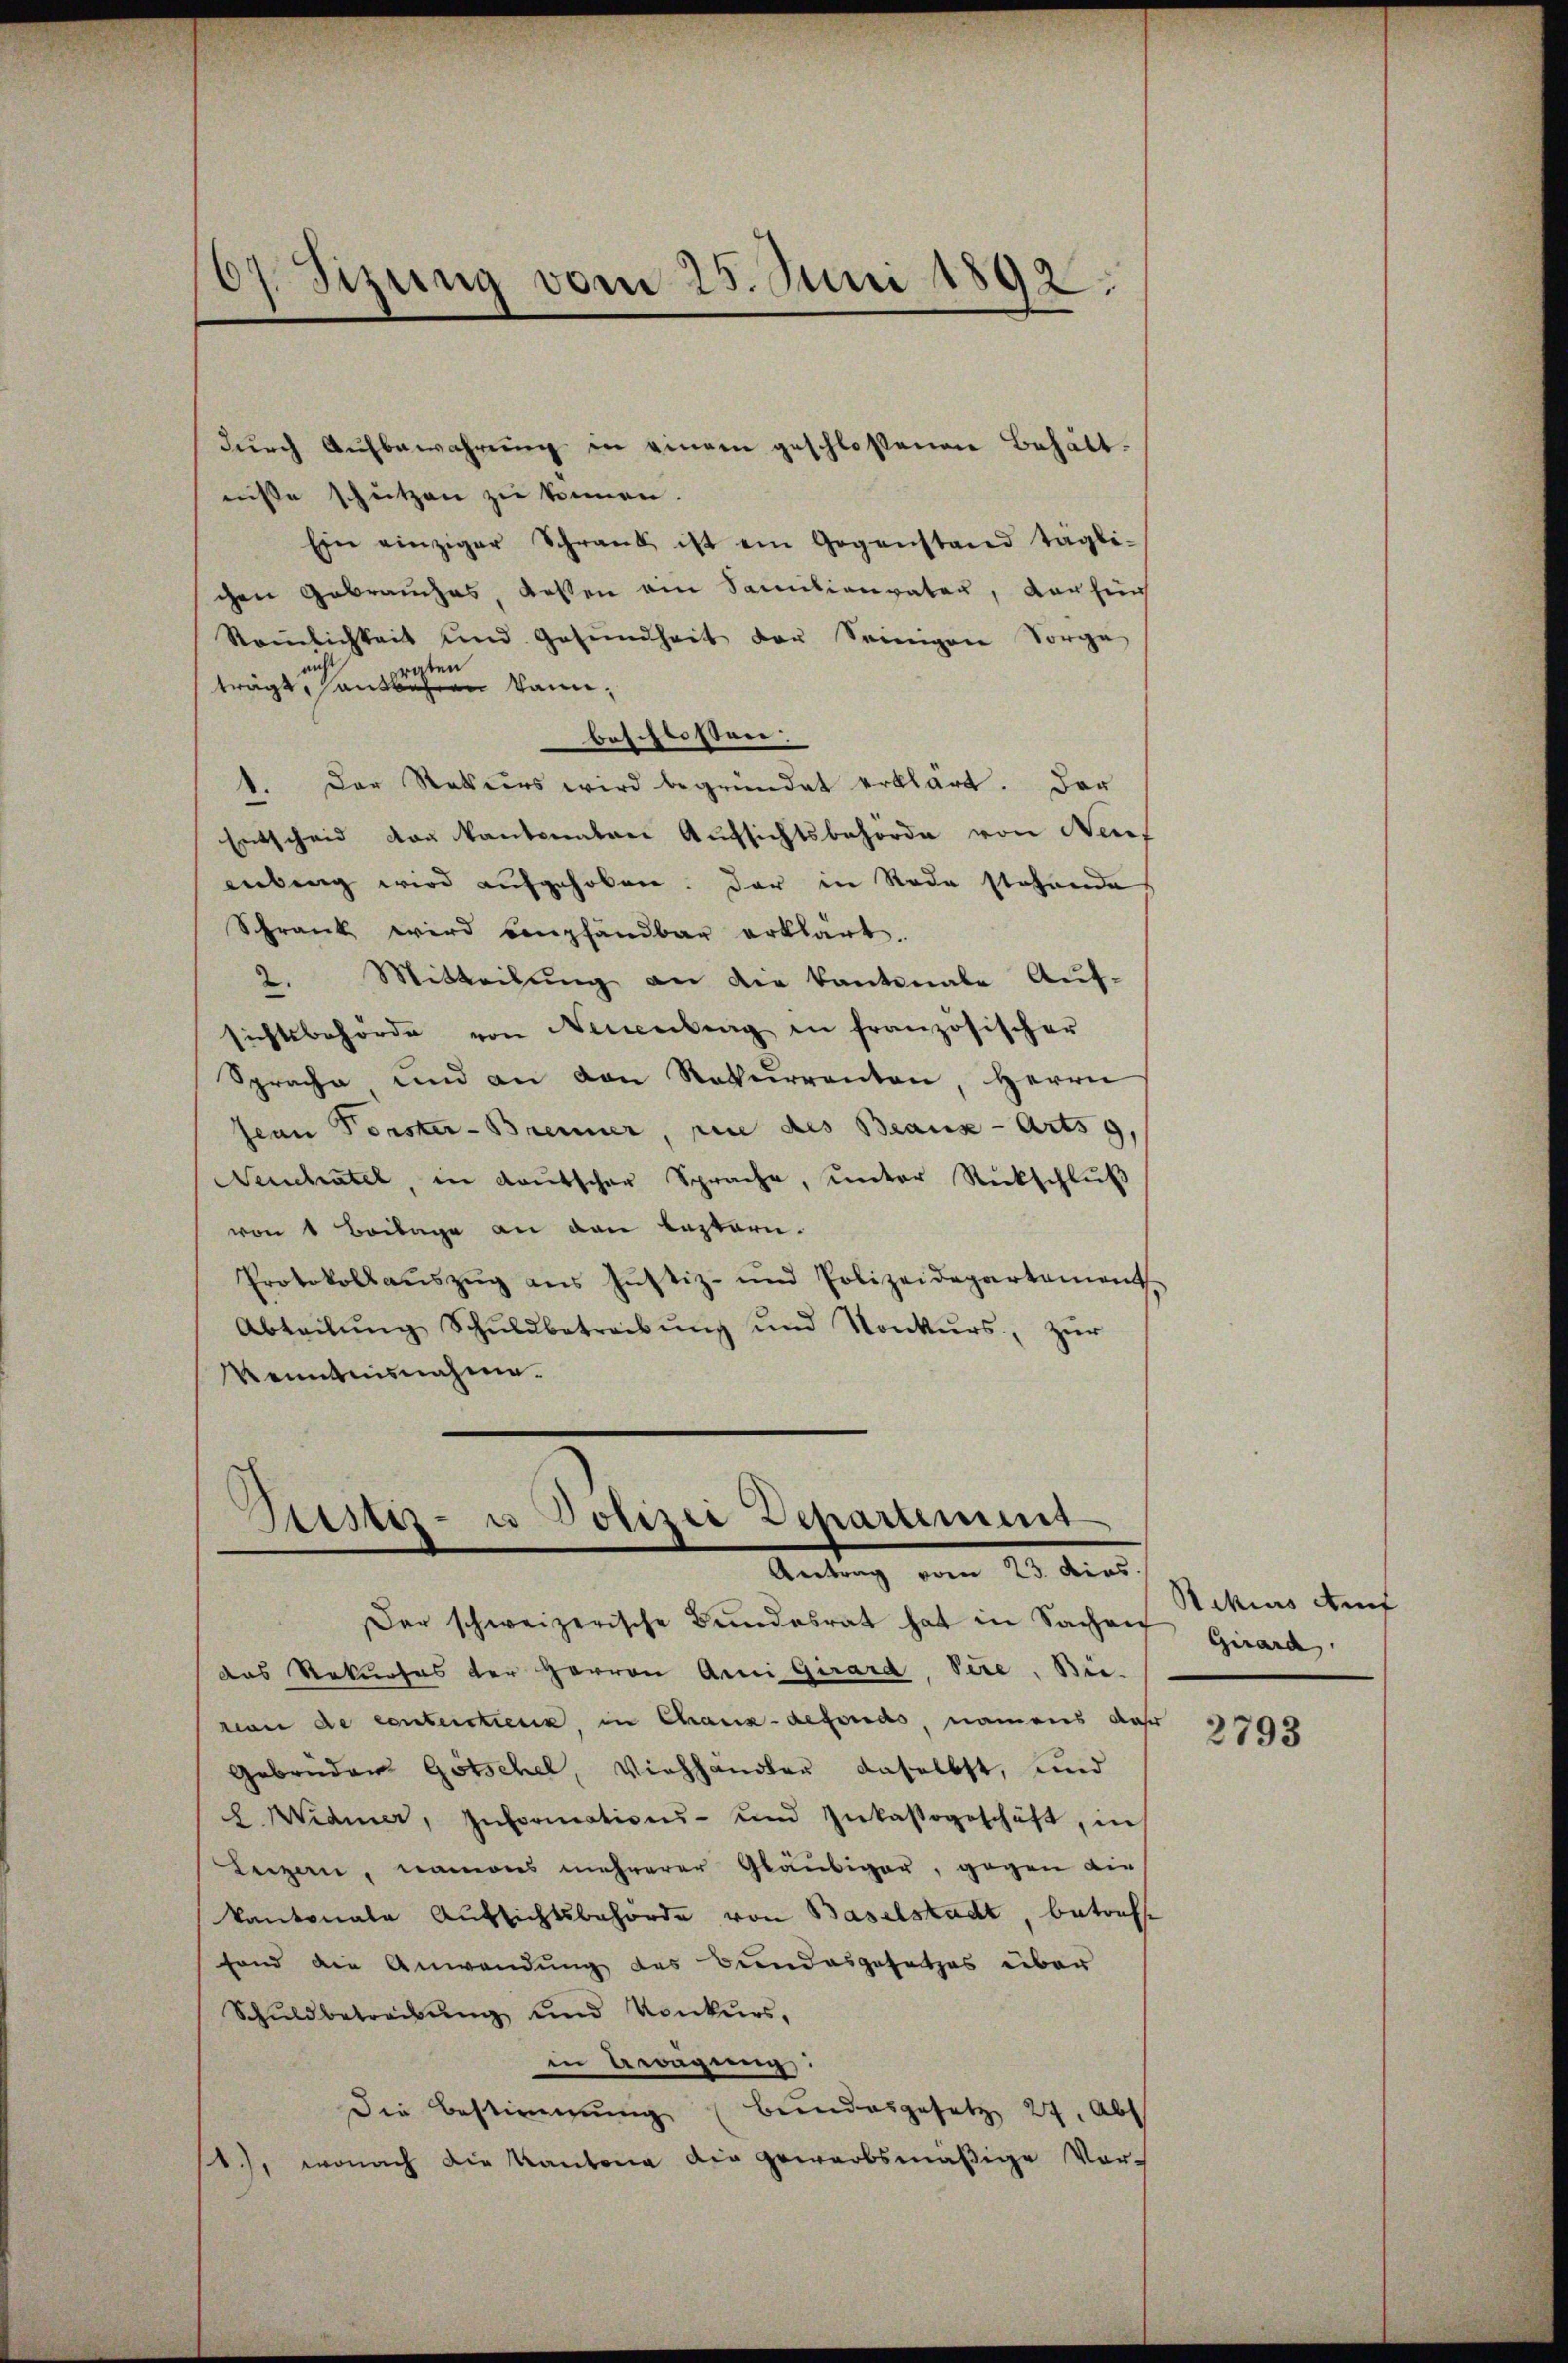
10.
d Sitzung vom 25. Juni 1892:

durch Aufbewahrung in einem geschlossenen Behältnisse schützen zu können.
Ein einziger Schrank ist ein Gegenstand tagli-
chen Gebrauches, dassen ein Samilienvater, vorhin
Remlichkeit und Gesŭndheit der Seinigen Sorge
raten
trägt, sonderen kannbeschlossen:
1. Der Rekurs wird begründet erklärt. Der
Entscheid von kantonnten Aufsichtsbehörde von Neues
Lübung wird aufgehoben. Der in Rede stehende
Schrank wird bempfandbar erklärt.
2. Mitteilung an die kantonale Auf-
sichtsbehörde von Neuenburg in französischer
Sprache und an den Rekurrenten, Herrn
Jean Porster-Brenner, wie des Beaux-Arts g
Neuchatel, in deutscher Sprache, ŭnter Rückschlŭβ
von 1 Beilage an den Bastari.
Protokollaŭszŭg ans Jŭstiz- und Polizeidepartement
Abteilŭng Schŭldbetreibŭng ŭnd Konkurs, zŭr
Kenntnisnahme.

Sistiz- u Polizei Departement
Antrag vom 20. dies

Dar schweizerische Bundesrat hat in Sachen Girard
das Rekurses der Herren Ani Girard, Pere, Bie-
von de conterstien, in Chaux-defonds, namens das
Gebrüder Gotschel, Viehhändler daselbst, und
L Widmer, Informations- und Inkastgeschäft, in
Leigen, namens mehrerer Gläubiger, gegen die
Kantonale Aufsichtsbehörde von Baselstadt, betreffe
fond die Anwendung des Bundesgesetzes über
Schŭldbetreibŭng und Konkurs.
in Erwägung:
Die Bestimmung (Bundesgesetze 27, Abt
se, wonach die Kantona die gewerbsmäßige Vor-

Rikius Auf

2793